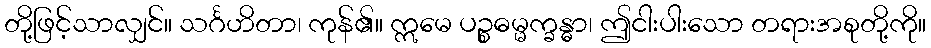
တို့ဖြင့်သာလျှင်။ သင်္ဂဟိတာ၊ ကုန်၏။ ဣမေ ပဉ္စဓမ္မက္ခန္ဓာ၊ ဤငါးပါးသော တရားအစုတို့ကို။